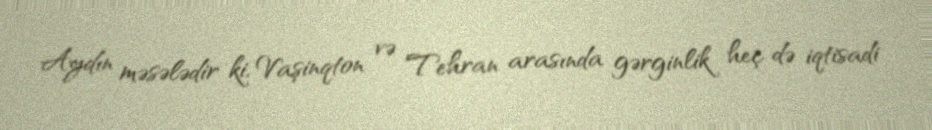
Aydın məsələdir ki, Vaşinqton və Tehran arasında gərginlik heç də iqtisadi